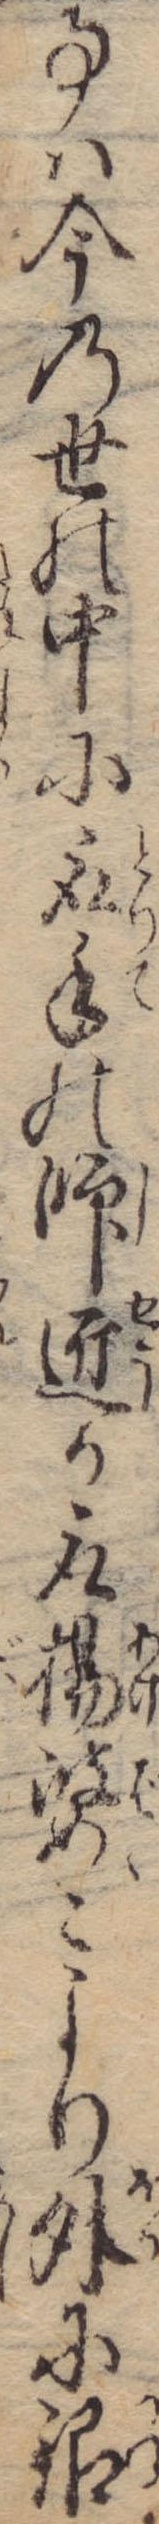
事は今の世の中に取手の師匠か取揚婆々より外に銀